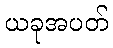
ယခုအပတ်